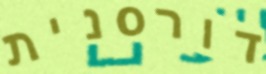
דורסנית